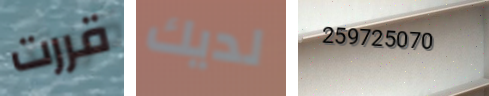
قررت لديك 259725070